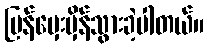
ပြန်မှေးမှိန်သွားခဲ့ပါတယ်။